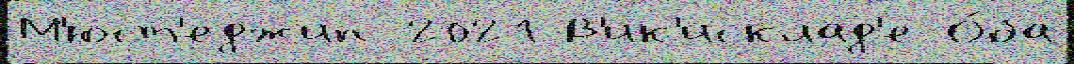
М'юст'еджип 2021 В'ик'исклад'е О́ба